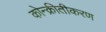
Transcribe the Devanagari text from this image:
कोन्क्रीतीकरण